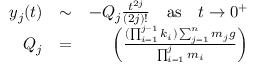
\begin{array} { r l r } { y _ { j } ( t ) } & { \sim } & { - Q _ { j } \frac { t ^ { 2 j } } { ( 2 j ) ! } \quad \mathrm { a s } \quad t \rightarrow 0 ^ { + } } \\ { Q _ { j } } & { = } & { \left( \frac { ( \prod _ { i = 1 } ^ { j - 1 } k _ { i } ) \sum _ { j = 1 } ^ { n } m _ { j } g } { \prod _ { i = 1 } ^ { j } m _ { i } } \right) } \end{array}